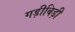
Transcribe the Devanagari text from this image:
गड़ीबिड़ी